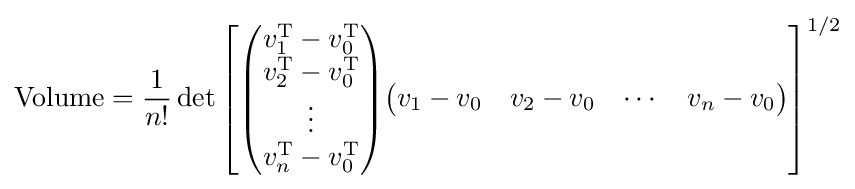
\mathrm {Volume} ={\frac {1}{n!}}\det \left[{\begin{pmatrix}v_{1}^{\text{T}}-v_{0}^{\text{T}}\\v_{2}^{\text{T}}-v_{0}^{\text{T}}\\\vdots \\v_{n}^{\text{T}}-v_{0}^{\text{T}}\end{pmatrix}}{\begin{pmatrix}v_{1}-v_{0}&v_{2}-v_{0}&\cdots &v_{n}-v_{0}\end{pmatrix}}\right]^{1/2}